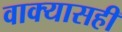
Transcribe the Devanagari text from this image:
वाक्यासही